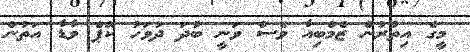
މީގެ އިތުރުން ޒެމްބިއާ ވެސް ވަނީ ބުދަ ދުވަހު ކޭޕް ވާޑާ އަތުން